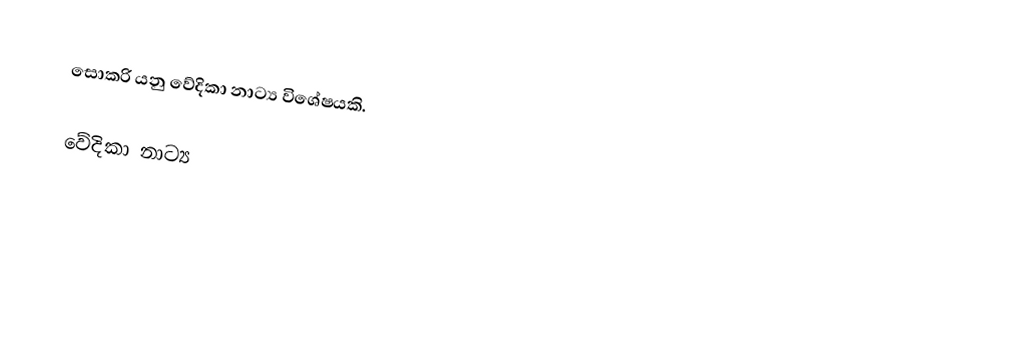
සොකරි යනු වේදිකා නාට්‍ය විශේෂයකි.

වේදිකා නාට්‍ය